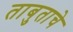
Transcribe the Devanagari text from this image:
ताबुताचे